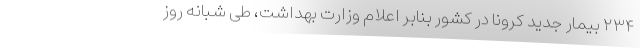
۲۳۴ بیمار جدید کرونا در کشور بنابر اعلام وزارت بهداشت، طی شبانه روز